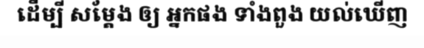
ដើម្បី សម្តែង ឲ្យ អ្នកផង ទាំងពួង យល់ឃើញ